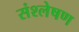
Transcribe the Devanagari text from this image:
संश्‍लेषण